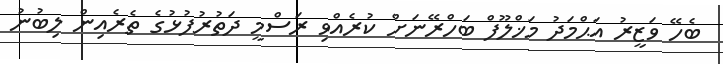
ބެހޭ ވަޒީރު އަޙްމަދު މަޚްލޫފް ބަހްރޭނަށް ކުރެއްވި ރަސްމީ ދަތުރުފުޅުގެ ތެރެއިން ލިބުނު